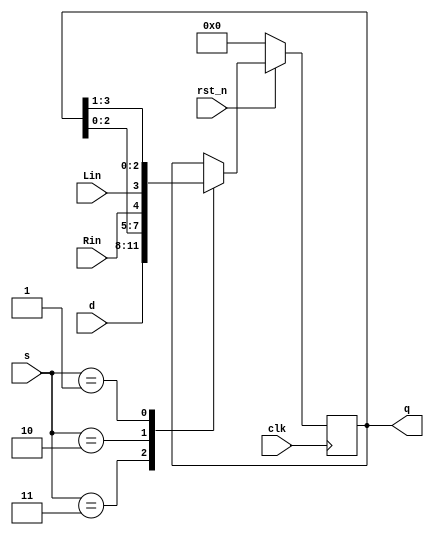
module shiftreg_u #(parameter N=4)( 
    output reg [N-1:0] q,
    input [N-1:0] d,
    input [1:0] s,
    input Lin, Rin,
    input clk,rst_n);

    always @(posedge clk) begin
        if(~rst_n)
            q <= 0;
        else
            case(s)
                2'b11:  q <= d;
                2'b10:  q <= {q[N-2:0], Rin};
                2'b01:  q <= {Lin, q[N-1:1]};
                default ;
            endcase
    end
endmodule